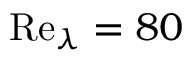
\mathrm { R e } _ { \lambda } = 8 0